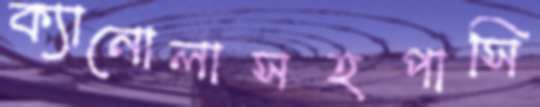
ক্যানোলাসহপাসি